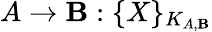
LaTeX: A\rightarrow\mathbf{B}:\{ X\} _{K_{A,\mathbf{B}}}